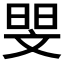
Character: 𮲗